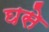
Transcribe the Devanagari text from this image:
घसे